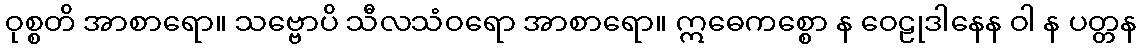
ဝုစ္စတိ အာစာရော။ သဗ္ဗောပိ သီလသံဝရော အာစာရော။ ဣဓေကစ္စော န ဝေဠုဒါနေန ဝါ န ပတ္တန